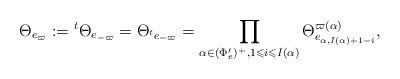
LaTeX: \begin{align*}\Theta_{e_{\varpi}}:={}^{t}\Theta_{e_{-\varpi}}=\Theta_{{}^{t}e_{-\varpi}}=\prod_{\alpha\in(\Phi'_e)^+,1\leqslant i\leqslant I(\alpha)}\Theta_{e_{\alpha,I(\alpha)+1-i}}^{\varpi(\alpha)},\end{align*}